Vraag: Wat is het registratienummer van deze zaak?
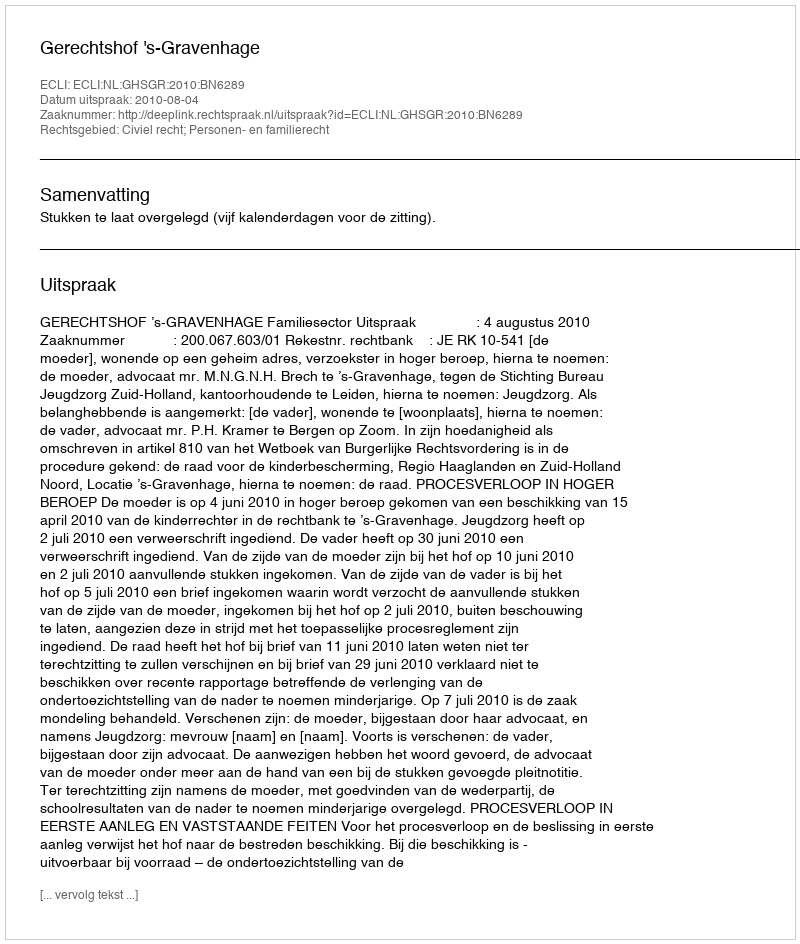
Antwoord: http://deeplink.rechtspraak.nl/uitspraak?id=ECLI:NL:GHSGR:2010:BN6289